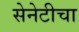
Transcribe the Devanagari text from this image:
सेनेटीचा